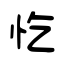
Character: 忔